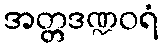
အတ္တဒဏ္ဍဝရံ